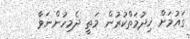
ގައުމަށް ޚިދުމަތްކުރުން މަތީ ދެމިހުންނަވާ